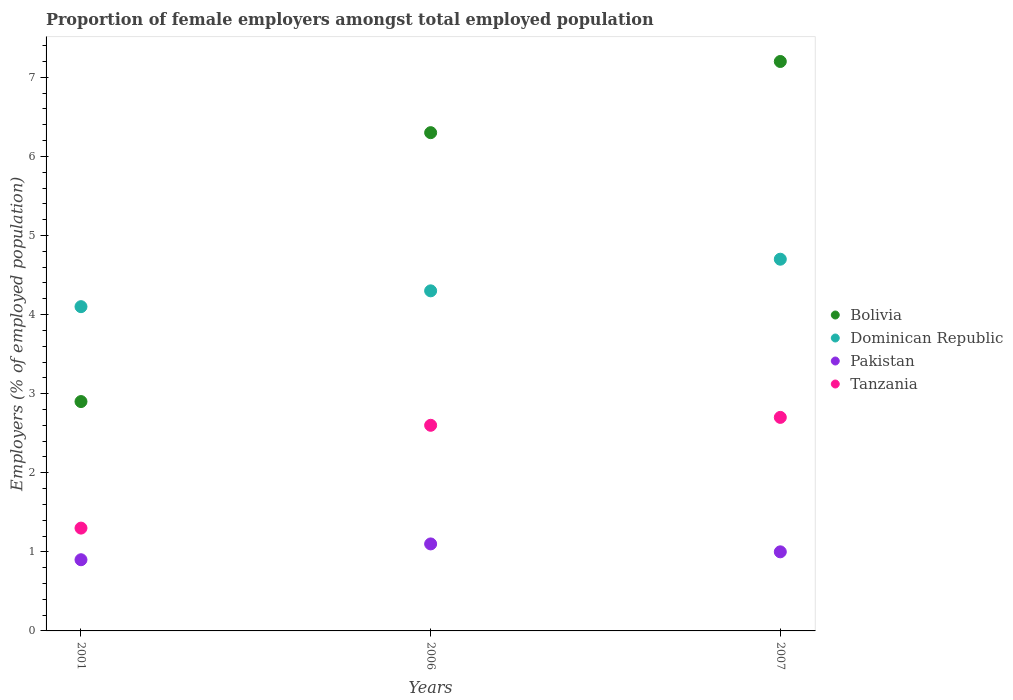
| Years | Bolivia | Dominican Republic | Pakistan | Tanzania |
 | --- | --- | --- | --- | --- |
 | 2001 | 2.9 | 4.1 | 0.9 | 1.3 |
 | 2006 | 6.3 | 4.3 | 1.1 | 2.6 |
 | 2007 | 7.2 | 4.7 | 1 | 2.7 |